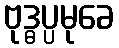
ဗုဒ္ဓပ္ပမုခေ